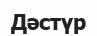
Дәстүр